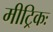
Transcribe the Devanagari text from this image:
मीट्रिकः